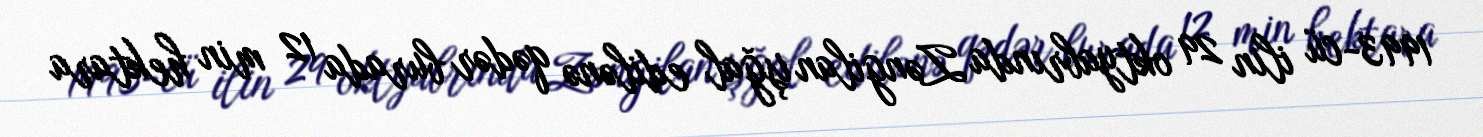
1993-cü ilin 29 oktyabrında Zəngilan işğal edilənə qədər burada 12 min hektara